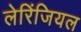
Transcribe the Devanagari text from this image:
लेरिंजियल